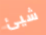
شيئ